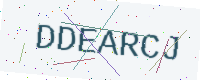
Text: DDEARCJ